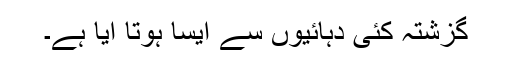
گزشتہ کئی دہائیوں سے ایسا ہوتا آیا ہے۔